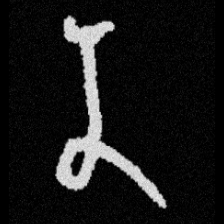
Pyu character \u2014 Myanmar letter: န (romanized: na)